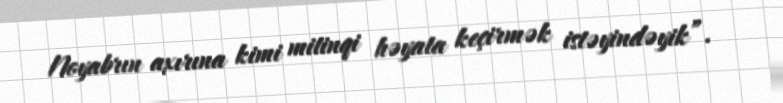
Noyabrın axırına kimi mitinqi həyata keçirmək istəyindəyik”.